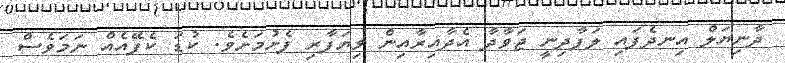
ދާނިޔަލް އިނދެފައި ލަފާދިނީ ޖަވާދާ އެދާއިރާއިން ވިޔަފާރި ފެށުމަށެވެ. ކުޑަ ކެފޭއެއް ނަމަވެސް